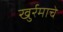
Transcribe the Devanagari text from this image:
खुर्रमाचे